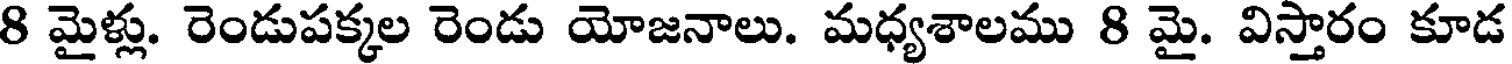
8 మైళ్లు. రెండుపక్కల రెండు యోజనాలు. మధ్యశాలము 8 మై. విస్తారం కూడ